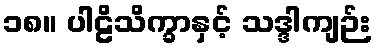
၁၈။ ပါဠိသိက္ခာနှင့် သဒ္ဒါကျဉ်း